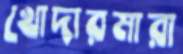
খোদারমারা